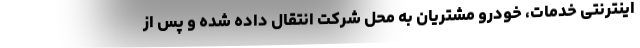
اینترنتی خدمات، خودرو مشتریان به محل شرکت انتقال داده شده و پس از